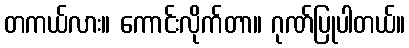
တကယ်လား။ ကောင်းလိုက်တာ။ ဂုဏ်ပြုပါတယ်။